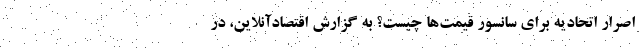
اصرار اتحادیه برای سانسور قیمت‌ها چیست؟ به گزارش اقتصادآنلاین، در